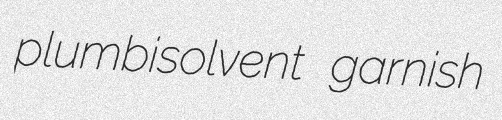
plumbisolvent garnish